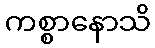
ကစ္စာနောသိ